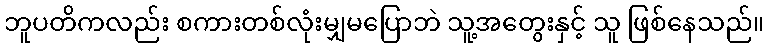
ဘူပတိကလည်း စကားတစ်လုံးမျှမပြောဘဲ သူ့အတွေးနှင့် သူ ဖြစ်နေသည်။